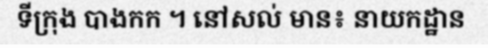
ទីក្រុង បាងកក ។ នៅសល់ មាន៖ នាយកដ្ឋាន